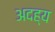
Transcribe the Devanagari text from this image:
अदह्य